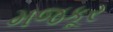
મજકૂર